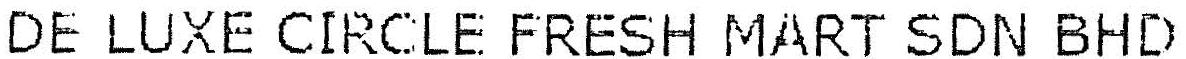
DE LUXE CIRCLE FRESH MART SDN BHD